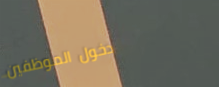
دخول الموظفين